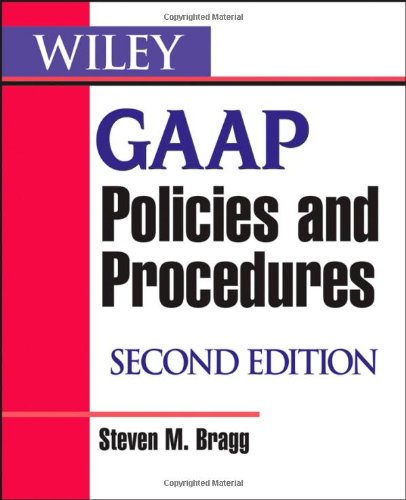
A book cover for Wiley GAAP Policies and Procedures; Steven M. Bragg; Test Preparation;